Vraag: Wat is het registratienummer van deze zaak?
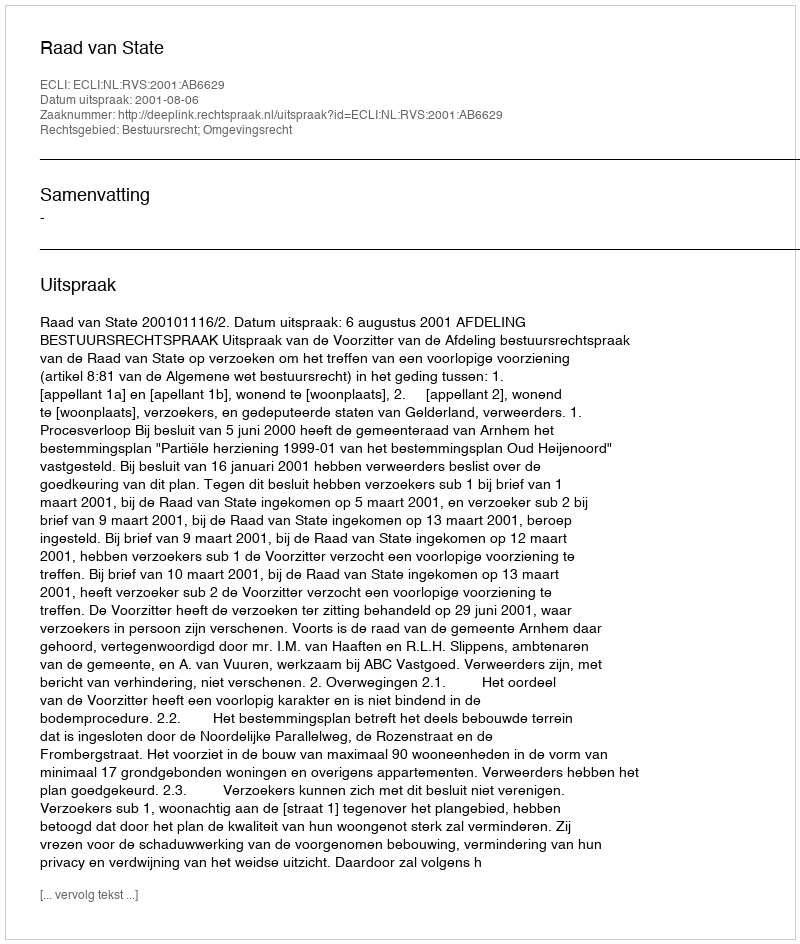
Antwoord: http://deeplink.rechtspraak.nl/uitspraak?id=ECLI:NL:RVS:2001:AB6629